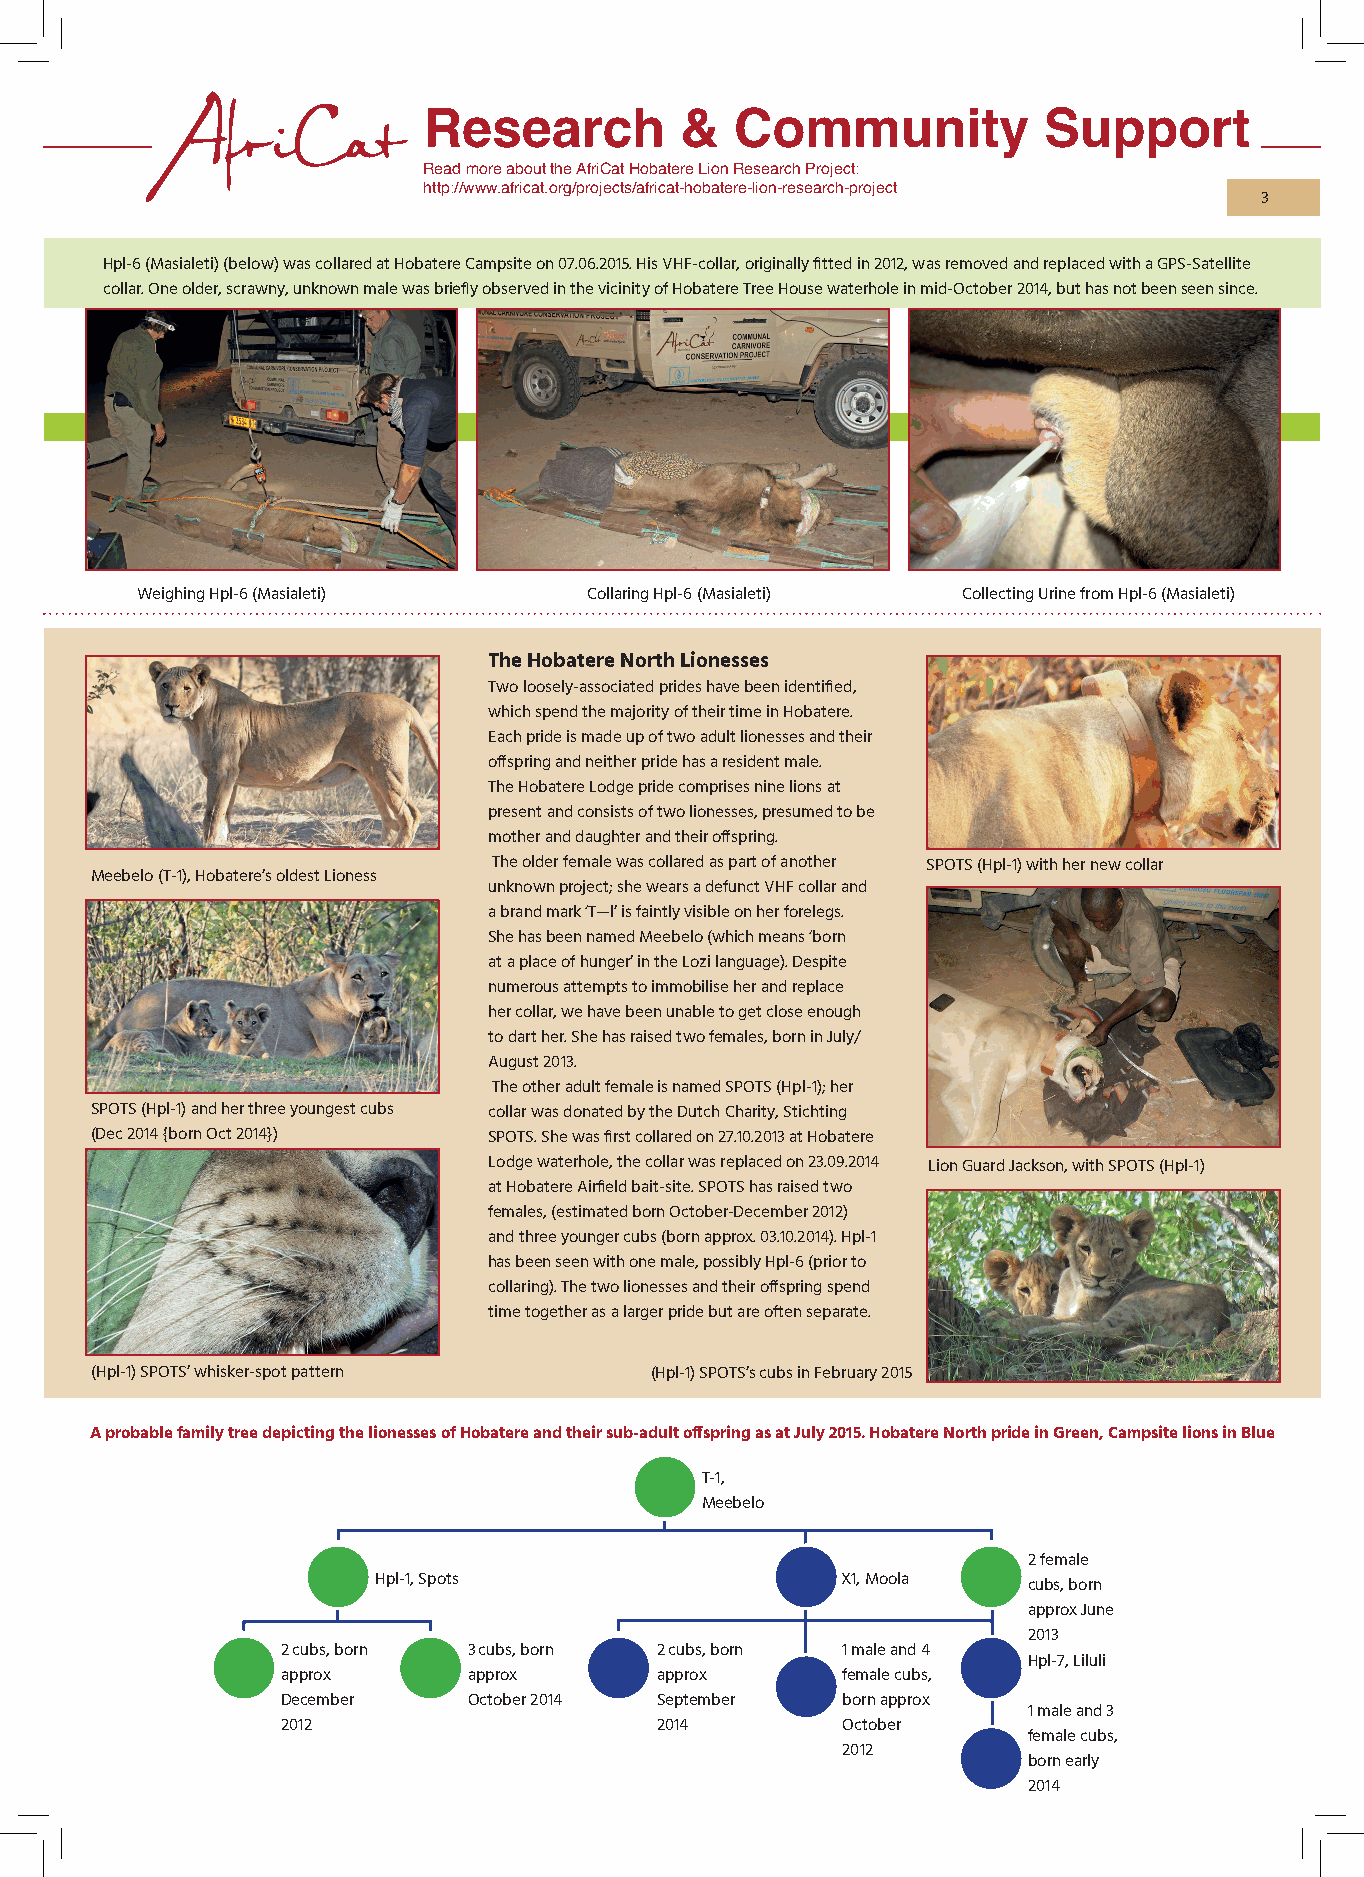
Research         &   Community           Support
 Read more about the AfriCat Hobatere Lion Research Project:
 http://www.africat.org/projects/africat-hobatere-lion-research-project
 3
 Hpl-6 (Masialeti) (below) was collared at Hobatere Campsite on 07.06.2015. His VHF-collar, originally fitted in 2012, was removed and replaced with a GPS-Satellite
 collar. One older, scrawny, unknown male was briefly observed in the vicinity of Hobatere Tree House waterhole in mid-October 2014, but has not been seen since.
 Weighing Hpl-6 (Masialeti)    Collaring Hpl-6 (Masialeti) Collecting Urine from Hpl-6 (Masialeti)
 The Hobatere North Lionesses
 Two loosely-associated prides have been identified,
 which spend the majority of their time in Hobatere.
 Each pride is made up of two adult lionesses and their
 offspring and neither pride has a resident male.
 The Hobatere Lodge pride comprises nine lions at
 present and consists of two lionesses, presumed to be
 mother and daughter and their offspring.
 The older female was collared as part of another SPOTS (Hpl-1) with her new collar
 Meebelo (T-1), Hobatere’s oldest Lioness
 unknown project; she wears a defunct VHF collar and
 a brand mark ‘T—l’ is faintly visible on her forelegs.
 She has been named Meebelo (which means ‘born
 at a place of hunger’ in the Lozi language). Despite
 numerous attempts to immobilise her and replace
 her collar, we have been unable to get close enough
 to dart her. She has raised two females, born in July/
 August 2013.
 The other adult female is named SPOTS (Hpl-1); her
 SPOTS (Hpl-1) and her three youngest cubs collar was donated by the Dutch Charity, Stichting
 (Dec 2014 {born Oct 2014}) SPOTS. She was first collared on 27.10.2013 at Hobatere
 Lodge waterhole, the collar was replaced on 23.09.2014 Lion Guard Jackson, with SPOTS (Hpl-1)
 at Hobatere Airfield bait-site. SPOTS has raised two
 females, (estimated born October-December 2012)
 and three younger cubs (born approx. 03.10.2014). Hpl-1
 has been seen with one male, possibly Hpl-6 (prior to
 collaring). The two lionesses and their offspring spend
 time together as a larger pride but are often separate.
 (Hpl-1) SPOTS’ whisker-spot pattern  (Hpl-1) SPOTS’s cubs in February 2015
 A probable family tree depicting the lionesses of Hobatere and their sub-adult offspring as at July 2015. Hobatere North pride in Green, Campsite lions in Blue
 T-1,
 Meebelo
 2 female
 Hpl-1, Spots                   X1, Moola   cubs, born
 approx June
 2013
 2 cubs, born 3 cubs, born 2 cubs, born 1 male and 4
 Hpl-7, Liluli
 approx      approx      approx       female cubs,
 December    October 2014 September   born approx
 1 male and 3
 2012                    2014         October
 female cubs,
 2012
 born early
 2014